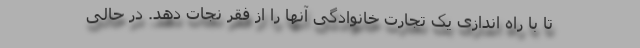
تا با راه اندازی یک تجارت خانوادگی آنها را از فقر نجات دهد. در حالی